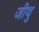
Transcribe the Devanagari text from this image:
जीथु